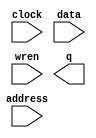
// megafunction wizard: %RAM: 1-PORT%VBB%
// GENERATION: STANDARD
// VERSION: WM1.0
// MODULE: altsyncram 

// ============================================================
// Megafunction Name(s):
// 			altsyncram
//
// Simulation Library Files(s):
// 			altera_mf
// ============================================================
// ************************************************************
// THIS IS A WIZARD-GENERATED FILE. DO NOT EDIT THIS FILE!
//
// 15.0.0 Build 145 04/22/2015 SJ Full Version
// ************************************************************

//Copyright (C) 1991-2015 Altera Corporation. All rights reserved.
//Your use of Altera Corporation's design tools, logic functions 
//and other software and tools, and its AMPP partner logic 
//functions, and any output files from any of the foregoing 
//(including device programming or simulation files), and any 
//associated documentation or information are expressly subject 
//to the terms and conditions of the Altera Program License 
//Subscription Agreement, the Altera Quartus II License Agreement,
//the Altera MegaCore Function License Agreement, or other 
//applicable license agreement, including, without limitation, 
//that your use is for the sole purpose of programming logic 
//devices manufactured by Altera and sold by Altera or its 
//authorized distributors.  Please refer to the applicable 
//agreement for further details.

module ram (
	address,
	clock,
	data,
	wren,
	q);

	input	[18:0]  address;
	input	  clock;
	input	[23:0]  data;
	input	  wren;
	output	[23:0]  q;
`ifndef ALTERA_RESERVED_QIS
// synopsys translate_off
`endif
	tri1	  clock;
`ifndef ALTERA_RESERVED_QIS
// synopsys translate_on
`endif

endmodule

// ============================================================
// CNX file retrieval info
// ============================================================
// Retrieval info: PRIVATE: ADDRESSSTALL_A NUMERIC "0"
// Retrieval info: PRIVATE: AclrAddr NUMERIC "0"
// Retrieval info: PRIVATE: AclrByte NUMERIC "0"
// Retrieval info: PRIVATE: AclrData NUMERIC "0"
// Retrieval info: PRIVATE: AclrOutput NUMERIC "0"
// Retrieval info: PRIVATE: BYTE_ENABLE NUMERIC "0"
// Retrieval info: PRIVATE: BYTE_SIZE NUMERIC "8"
// Retrieval info: PRIVATE: BlankMemory NUMERIC "1"
// Retrieval info: PRIVATE: CLOCK_ENABLE_INPUT_A NUMERIC "0"
// Retrieval info: PRIVATE: CLOCK_ENABLE_OUTPUT_A NUMERIC "0"
// Retrieval info: PRIVATE: Clken NUMERIC "0"
// Retrieval info: PRIVATE: DataBusSeparated NUMERIC "1"
// Retrieval info: PRIVATE: IMPLEMENT_IN_LES NUMERIC "0"
// Retrieval info: PRIVATE: INIT_FILE_LAYOUT STRING "PORT_A"
// Retrieval info: PRIVATE: INIT_TO_SIM_X NUMERIC "0"
// Retrieval info: PRIVATE: INTENDED_DEVICE_FAMILY STRING "Cyclone IV E"
// Retrieval info: PRIVATE: JTAG_ENABLED NUMERIC "0"
// Retrieval info: PRIVATE: JTAG_ID STRING "NONE"
// Retrieval info: PRIVATE: MAXIMUM_DEPTH NUMERIC "0"
// Retrieval info: PRIVATE: MIFfilename STRING ""
// Retrieval info: PRIVATE: NUMWORDS_A NUMERIC "307200"
// Retrieval info: PRIVATE: RAM_BLOCK_TYPE NUMERIC "0"
// Retrieval info: PRIVATE: READ_DURING_WRITE_MODE_PORT_A NUMERIC "3"
// Retrieval info: PRIVATE: RegAddr NUMERIC "1"
// Retrieval info: PRIVATE: RegData NUMERIC "1"
// Retrieval info: PRIVATE: RegOutput NUMERIC "1"
// Retrieval info: PRIVATE: SYNTH_WRAPPER_GEN_POSTFIX STRING "0"
// Retrieval info: PRIVATE: SingleClock NUMERIC "1"
// Retrieval info: PRIVATE: UseDQRAM NUMERIC "1"
// Retrieval info: PRIVATE: WRCONTROL_ACLR_A NUMERIC "0"
// Retrieval info: PRIVATE: WidthAddr NUMERIC "19"
// Retrieval info: PRIVATE: WidthData NUMERIC "24"
// Retrieval info: PRIVATE: rden NUMERIC "0"
// Retrieval info: LIBRARY: altera_mf altera_mf.altera_mf_components.all
// Retrieval info: CONSTANT: CLOCK_ENABLE_INPUT_A STRING "BYPASS"
// Retrieval info: CONSTANT: CLOCK_ENABLE_OUTPUT_A STRING "BYPASS"
// Retrieval info: CONSTANT: INTENDED_DEVICE_FAMILY STRING "Cyclone IV E"
// Retrieval info: CONSTANT: LPM_HINT STRING "ENABLE_RUNTIME_MOD=NO"
// Retrieval info: CONSTANT: LPM_TYPE STRING "altsyncram"
// Retrieval info: CONSTANT: NUMWORDS_A NUMERIC "307200"
// Retrieval info: CONSTANT: OPERATION_MODE STRING "SINGLE_PORT"
// Retrieval info: CONSTANT: OUTDATA_ACLR_A STRING "NONE"
// Retrieval info: CONSTANT: OUTDATA_REG_A STRING "CLOCK0"
// Retrieval info: CONSTANT: POWER_UP_UNINITIALIZED STRING "FALSE"
// Retrieval info: CONSTANT: READ_DURING_WRITE_MODE_PORT_A STRING "NEW_DATA_NO_NBE_READ"
// Retrieval info: CONSTANT: WIDTHAD_A NUMERIC "19"
// Retrieval info: CONSTANT: WIDTH_A NUMERIC "24"
// Retrieval info: CONSTANT: WIDTH_BYTEENA_A NUMERIC "1"
// Retrieval info: USED_PORT: address 0 0 19 0 INPUT NODEFVAL "address[18..0]"
// Retrieval info: USED_PORT: clock 0 0 0 0 INPUT VCC "clock"
// Retrieval info: USED_PORT: data 0 0 24 0 INPUT NODEFVAL "data[23..0]"
// Retrieval info: USED_PORT: q 0 0 24 0 OUTPUT NODEFVAL "q[23..0]"
// Retrieval info: USED_PORT: wren 0 0 0 0 INPUT NODEFVAL "wren"
// Retrieval info: CONNECT: @address_a 0 0 19 0 address 0 0 19 0
// Retrieval info: CONNECT: @clock0 0 0 0 0 clock 0 0 0 0
// Retrieval info: CONNECT: @data_a 0 0 24 0 data 0 0 24 0
// Retrieval info: CONNECT: @wren_a 0 0 0 0 wren 0 0 0 0
// Retrieval info: CONNECT: q 0 0 24 0 @q_a 0 0 24 0
// Retrieval info: GEN_FILE: TYPE_NORMAL ram.v TRUE
// Retrieval info: GEN_FILE: TYPE_NORMAL ram.inc FALSE
// Retrieval info: GEN_FILE: TYPE_NORMAL ram.cmp FALSE
// Retrieval info: GEN_FILE: TYPE_NORMAL ram.bsf FALSE
// Retrieval info: GEN_FILE: TYPE_NORMAL ram_inst.v FALSE
// Retrieval info: GEN_FILE: TYPE_NORMAL ram_bb.v TRUE
// Retrieval info: LIB_FILE: altera_mf